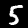
Label: 5